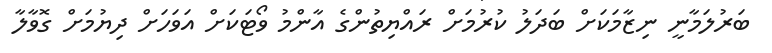
ބަރުލަމާނީ ނިޒާމަކަށް ބަދަލު ކުރުމަށް ރައްޔިތުންގެ އާންމު ވޯޓަކަށް އަވަހަށް ދިޔުމަށް ގޮވާލާ